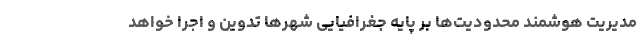
مدیریت هوشمند محدودیت‌ها بر پایه جغرافیایی شهرها تدوین و اجرا خواهد